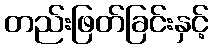
တည်းဖြတ်ခြင်းနှင့်